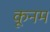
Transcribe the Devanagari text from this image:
कूनम